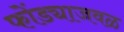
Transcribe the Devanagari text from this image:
फोंड्याजवळ